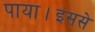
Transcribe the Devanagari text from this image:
पाया।इससे